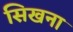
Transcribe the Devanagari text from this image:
सिखना